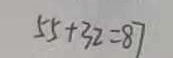
5 5 + 3 2 = 8 7